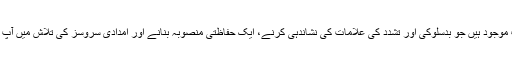
یہاں پر ایسی معلومات موجود ہیں جو بدسلوکی اور تشدد کی علامات کی نشاندہی کرنے، ایک حفاظتی منصوبہ بنانے اور امدادی سروسز کی تلاش میں آپ کی مدد کر سکتی ہیں۔